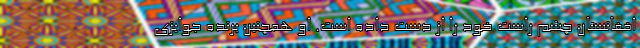
افغانستان چشم راست خود را از دست داده است. او همچنین برندهٔ جوایزی